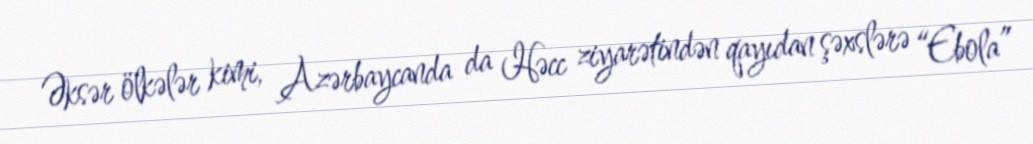
Əksər ölkələr kimi, Azərbaycanda da Həcc ziyarətindən qayıdan şəxslərə “Ebola”